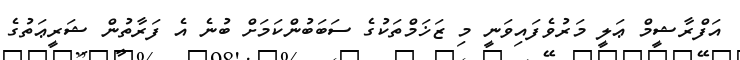
އަފްރާޝީމް ޢަލީ މަރުވެފައިވަނީ މި ޒަޚަމްތަކުގެ ސަބަބުންކަމަށް ބުނެ އެ ފަރާތުން ޝަރީޢަތުގެ